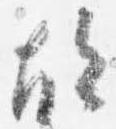
故